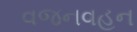
વજનવહન